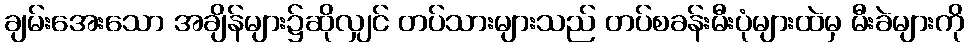
ချမ်းအေးသော အချိန်များ၌ဆိုလျှင် တပ်သားများသည် တပ်စခန်းမီးပုံများထဲမှ မီးခဲများကို